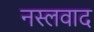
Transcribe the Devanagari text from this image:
नस्‍लवाद